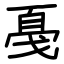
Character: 戞